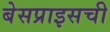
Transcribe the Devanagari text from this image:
बेसप्राइसची